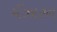
મઁઝારન